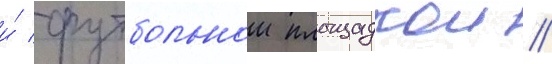
и́ футбольнои площадкои //